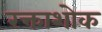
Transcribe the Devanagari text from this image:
रक्ताशोक